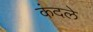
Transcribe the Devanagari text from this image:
कंदले